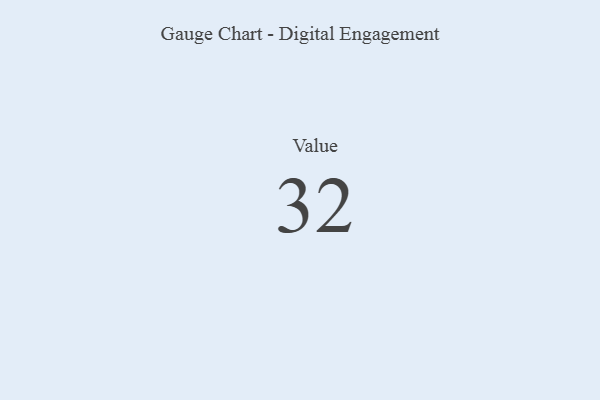
{"axis": {"x": "Metric", "y": "Value"}, "legend": [""], "data": [{"x": "Value", "y": 32, "type": ""}]}